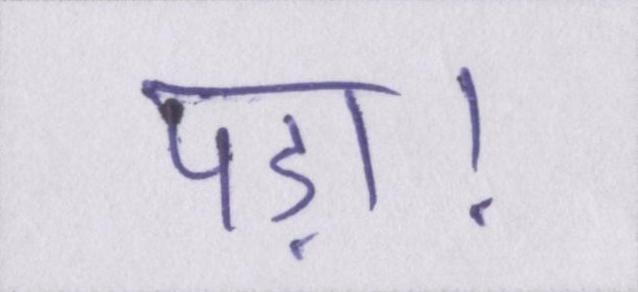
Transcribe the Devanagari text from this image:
पड़ा।